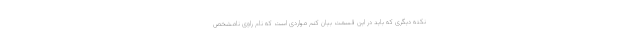
نکته دیگری که باید در این قسمت بیان کنم مواردی است که نام راوی نامشخص